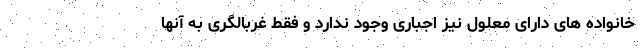
خانواده های دارای معلول نیز اجباری وجود ندارد و فقط غربالگری به آنها